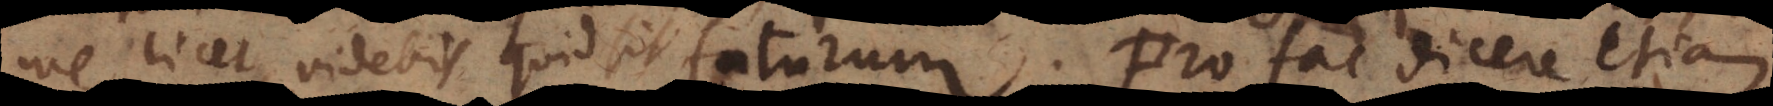
me licet, videbis quid sit futurum. Pro fac dicere etiam